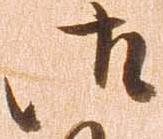
御